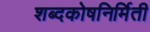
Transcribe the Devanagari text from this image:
शब्दकोषनिर्मिती